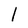
Character: l